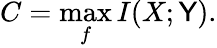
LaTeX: C=\operatorname*{max}_{f}I(X;\mathsf{Y}).